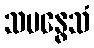
သမနွေသံ